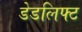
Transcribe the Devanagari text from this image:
डेडलिफ्ट